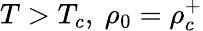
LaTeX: T>T_{c},\ \rho_{0}=\rho_{c}^{+}